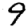
Digit: 9